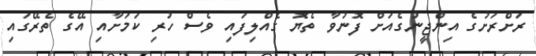
ރަށްރަށުގެ އިންޖީނުގެއަށް ފޮނުވާ ތެޔޮ ގެއްލިފައި ވެސް ހުރި ކަމަށާއި އޭގެ ތެރޭގައި